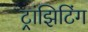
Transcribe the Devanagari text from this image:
ट्रांझिटिंग